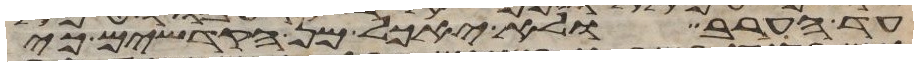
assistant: עד הערב ולא יאכל מן הקדשים כי